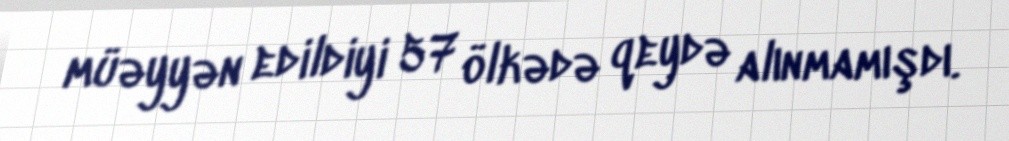
müəyyən edildiyi 57 ölkədə qeydə alınmamışdı.